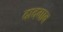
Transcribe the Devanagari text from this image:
दादगाव